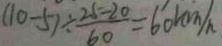
( 1 0 - 5 ) \div \frac { 2 5 - 2 0 } { 6 0 } = 6 0 k m / h